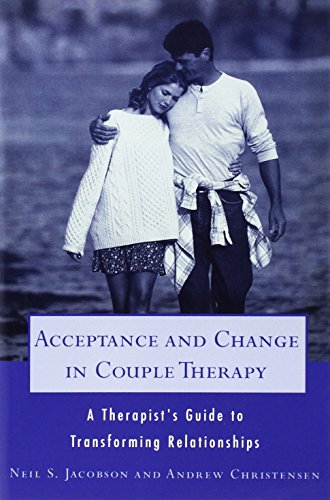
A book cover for Acceptance and Change in Couple Therapy: A Therapist's Guide to Transforming Relationships (Norton Professional Books); Andrew Christensen; Health, Fitness & Dieting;